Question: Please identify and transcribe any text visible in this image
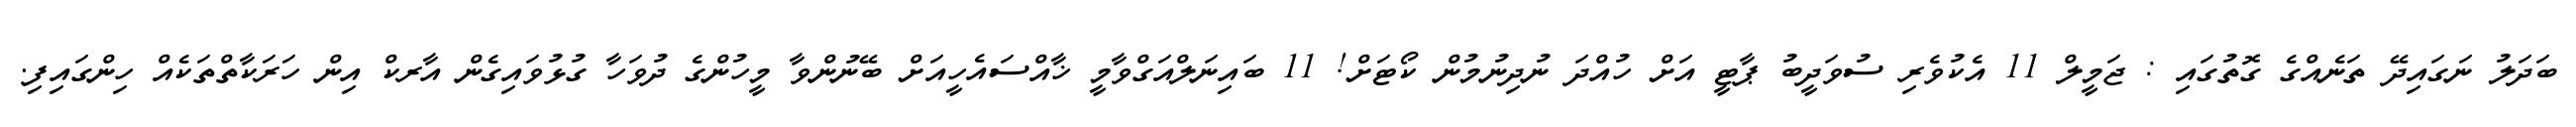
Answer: ބަދަލު ނަގައިދޭ ތަނެއްގެ ގޮތުގައި : ޖަމީލް 11 އެކުވެރި ސުވަދީބު ޕާޓީ އަށް ހުއްދަ ނުދިނުމުން ކޯޓަށް! 11 ބައިނަލްއަގްވާމީ ޚާއްސައެހީއަށް ބޭނުންވާ މީހުންގެ ދުވަހާ ގުޅުވައިގެން އާރކް އިން ހަރަކާތްތަކެއް ހިންގައިފި.